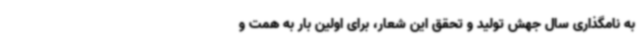
به نامگذاری سال جهش تولید و تحقق این شعار، برای اولین بار به همت و